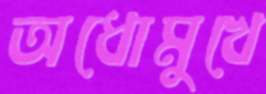
অধোমুখে